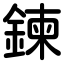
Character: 鍊